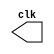

//
//--  Henrique Carvalho Parreira
//--    PUC-MG



//---------Clock--------------

module clock ( clk );
 output clk;
 reg    clk;

 initial
  begin
   clk = 1'b0;
  end

 always
  begin
   #12 clk = ~clk;
  end
endmodule


//---------PULSO--------------

module pulse ( signal, clock );
 input  clock;
 output signal;
 reg    signal;

 always @ (  posedge clock )
  begin
       signal = 1'b1;
  #4   signal = 1'b0;
  #4   signal = 1'b1;
  #4   signal = 1'b0;
  #4   signal = 1'b1;
  #4   signal = 1'b0;
 
  end
endmodule // pulse


//---------Teste--------------

module testpulse;

 wire  clock;
 clock clk ( clock );
 wire  p1;

 pulse   pulse1   ( p1, clock );

 initial begin
  $dumpfile ( "exercicio05.vcd" );
  $dumpvars (1, clock, p1);
   #480 $finish;

 end

endmodule //exercicio05